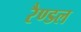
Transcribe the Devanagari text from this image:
रैण्डल